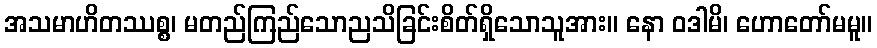
အသမာဟိတဿစ္စ၊ မတည်ကြည်သောညသိခြင်းစိတ်ရှိသောသူအား။ နော ဝဒါမိ၊ ဟောတော်မမူ။